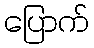
ပြောက်